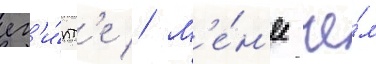
ег'и́пт'е // М'е́н'ее че́м